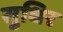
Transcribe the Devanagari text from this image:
सुधिर